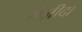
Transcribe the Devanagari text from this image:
संज़ीदा